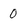
Character: 0